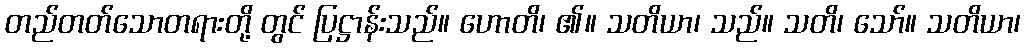
တည်တတ်သောတရားတို့ တွင် ပြဋ္ဌာန်းသည်။ ဟောတိ၊ ၏။ သတိယာ၊ သည်။ သတိ၊ သော်။ သတိယာ၊